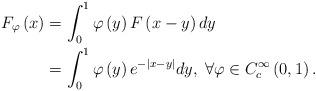
LaTeX: \begin{align*}F_{\varphi}\left(x\right) & =\int_{0}^{1}\varphi\left(y\right)F\left(x-y\right)dy\\ & =\int_{0}^{1}\varphi\left(y\right)e^{-\left|x-y\right|}dy,\;\forall\varphi\in C_{c}^{\infty}\left(0,1\right).\end{align*}